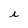
Character: i